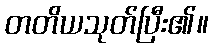
တတိယသုတ်ပြီး၏။